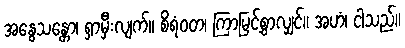
အနွေသန္တော၊ ရှာမှီးလျက်။ စိရံဝတ၊ ကြာမြင့်စွာလျှင်။ အဟံ၊ ငါသည်။